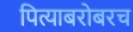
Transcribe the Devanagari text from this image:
पित्याबरोबरच